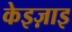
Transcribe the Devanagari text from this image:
केइज़ाइ